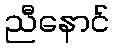
ညီနောင်